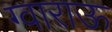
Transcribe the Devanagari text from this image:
ग्वाराऊ